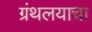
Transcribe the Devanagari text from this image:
ग्रंथलयाचा